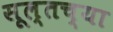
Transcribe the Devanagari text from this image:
सूल्तच्या